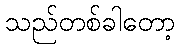
သည်တစ်ခါတော့